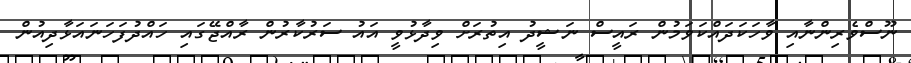
ނޫސްވެރިންނާއި ވާހަކަދައްކަވަމުން ރައީސް ނަޝީދު އިތުރަށް ވިދާޅުވީ އައު ސަރުކާރުން ރާއްޖޭގައި ހައްދުފަހަނައަޅާދިއުން